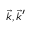
\vec { k } , \vec { k } ^ { \prime }